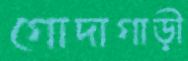
গোদাগাড়ী